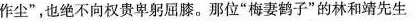
作尘”，也绝不向权贵卑躬屈膝。那位”梅妻子”的林和靖先生